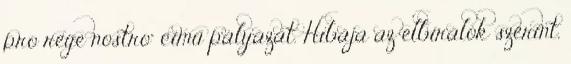
pro rege nostro" című pályázat. Hibája az elbírálók szerint,